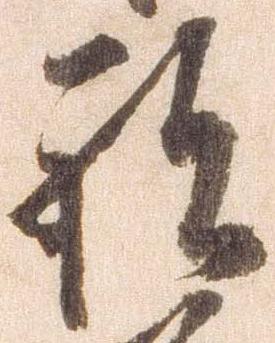
祝